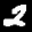
Label: 2